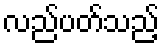
လည်ပတ်သည့်